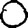
Digit: 0